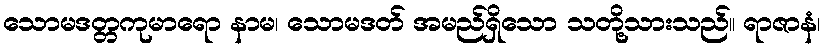
သောမဒတ္တကုမာရော နာမ၊ သောမဒတ် အမည်ရှိသော သတို့သားသည်။ ရာဇာနံ၊